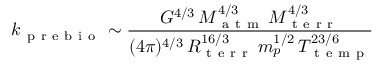
k _ { \mathrm { ~ p ~ r ~ e ~ b ~ i ~ o ~ } } \sim \frac { G ^ { 4 / 3 } \, M _ { \mathrm { ~ a ~ t ~ m ~ } } ^ { 4 / 3 } \, M _ { \mathrm { ~ t ~ e ~ r ~ r ~ } } ^ { 4 / 3 } } { ( 4 \pi ) ^ { 4 / 3 } \, R _ { \mathrm { ~ t ~ e ~ r ~ r ~ } } ^ { 1 6 / 3 } \, m _ { p } ^ { 1 / 2 } \, T _ { \mathrm { ~ t ~ e ~ m ~ p ~ } } ^ { 2 3 / 6 } }